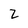
Character: Z